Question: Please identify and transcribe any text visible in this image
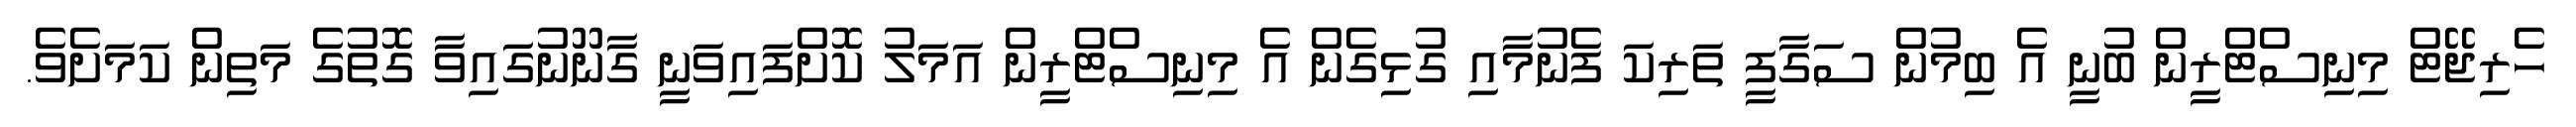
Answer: ހެރިޖޭޓް މިނިސްޓްރީން ބުނީ އެ ބިމުން ސަގާފީ ތަރިކަ ފެނުމާއި ގުޅިގެން އެ މިނިސްޓްރީން އަމަލު ކޮށްފައިވަނީ ގާނޫނުގައިވާ ގޮތުގެ މަތިން ކަމަށެވެ.